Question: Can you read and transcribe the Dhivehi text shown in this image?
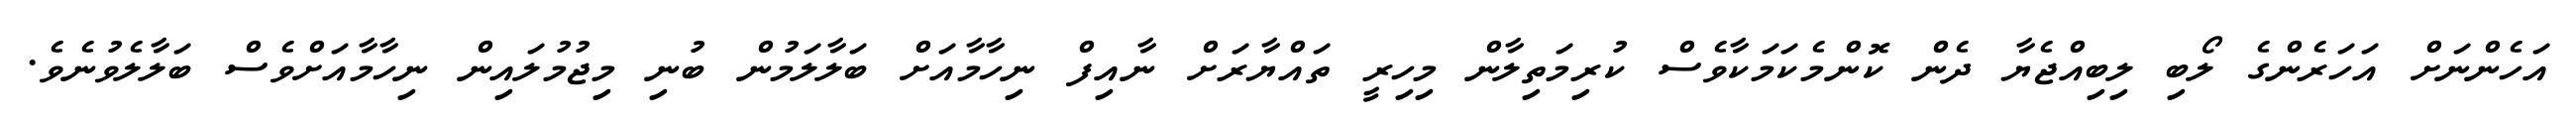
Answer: އަހެންނަށް އަހަރެންގެ ލޯބި ލިބިއްޖެޔާ ދެން ކޮންމެކަމަކާވެސް ކުރިމަތިލާން މިހިރީ ތައްޔާރަށް ނާއިފް ނިހާމާއަށް ބަލާލަމުން ބުނި މިޖުމުލައިން ނިހާމާއަށްވެސް ބަލާލެވުނެވެ.